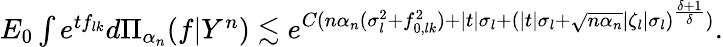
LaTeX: \begin{array}{r}{E_{0}\int e^{tf_{lk}}d\Pi_{\alpha_{n}}(f|Y^{n})\lesssim e^{C(n\alpha_{n}(\sigma_{l}^{2}+f_{0,lk}^{2})+|t|\sigma_{l}+(|t|\sigma_{l}+\sqrt{n\alpha_{n}}|\zeta_{l}|\sigma_{l})^{\frac{\delta+1}{\delta}})}.}\end{array}